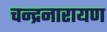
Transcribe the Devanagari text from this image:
चन्द्रनारायण